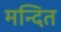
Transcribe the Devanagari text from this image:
मन्दित